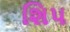
શિપ